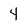
Character: 4